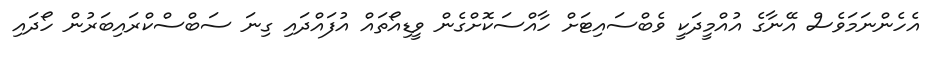
އެހެންނަމަވެސް އޭނާގެ އުއްމީދަކީ ވެބްސައިޓަށް ހާއްސަކޮށްގެން ވީޑިއޯތައް އުފައްދައި ގިނަ ސަބްސްކްރައިބަރުން ހޯދައި